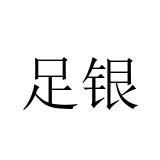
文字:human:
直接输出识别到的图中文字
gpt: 足银